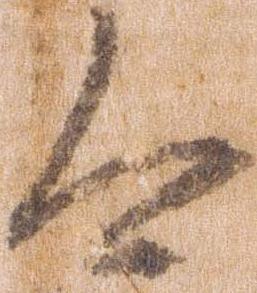
今